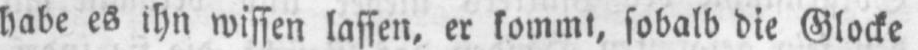
bade es ihn wissen lassen, er kommt, sobald die Glocke